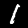
Label: 1